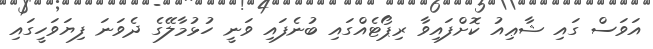
އަވަސް ގައި ޝާޢިއު ކޮށްފައިވާ ރިޕޯޓެއްގައި ބުނެފައި ވަނީ ހުޅުމާލޭގެ ދެވަނަ ފިޔަވަހީގައި